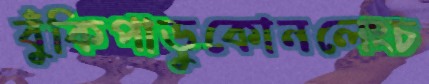
বুঁকিপাড়ুকোনলেংচ